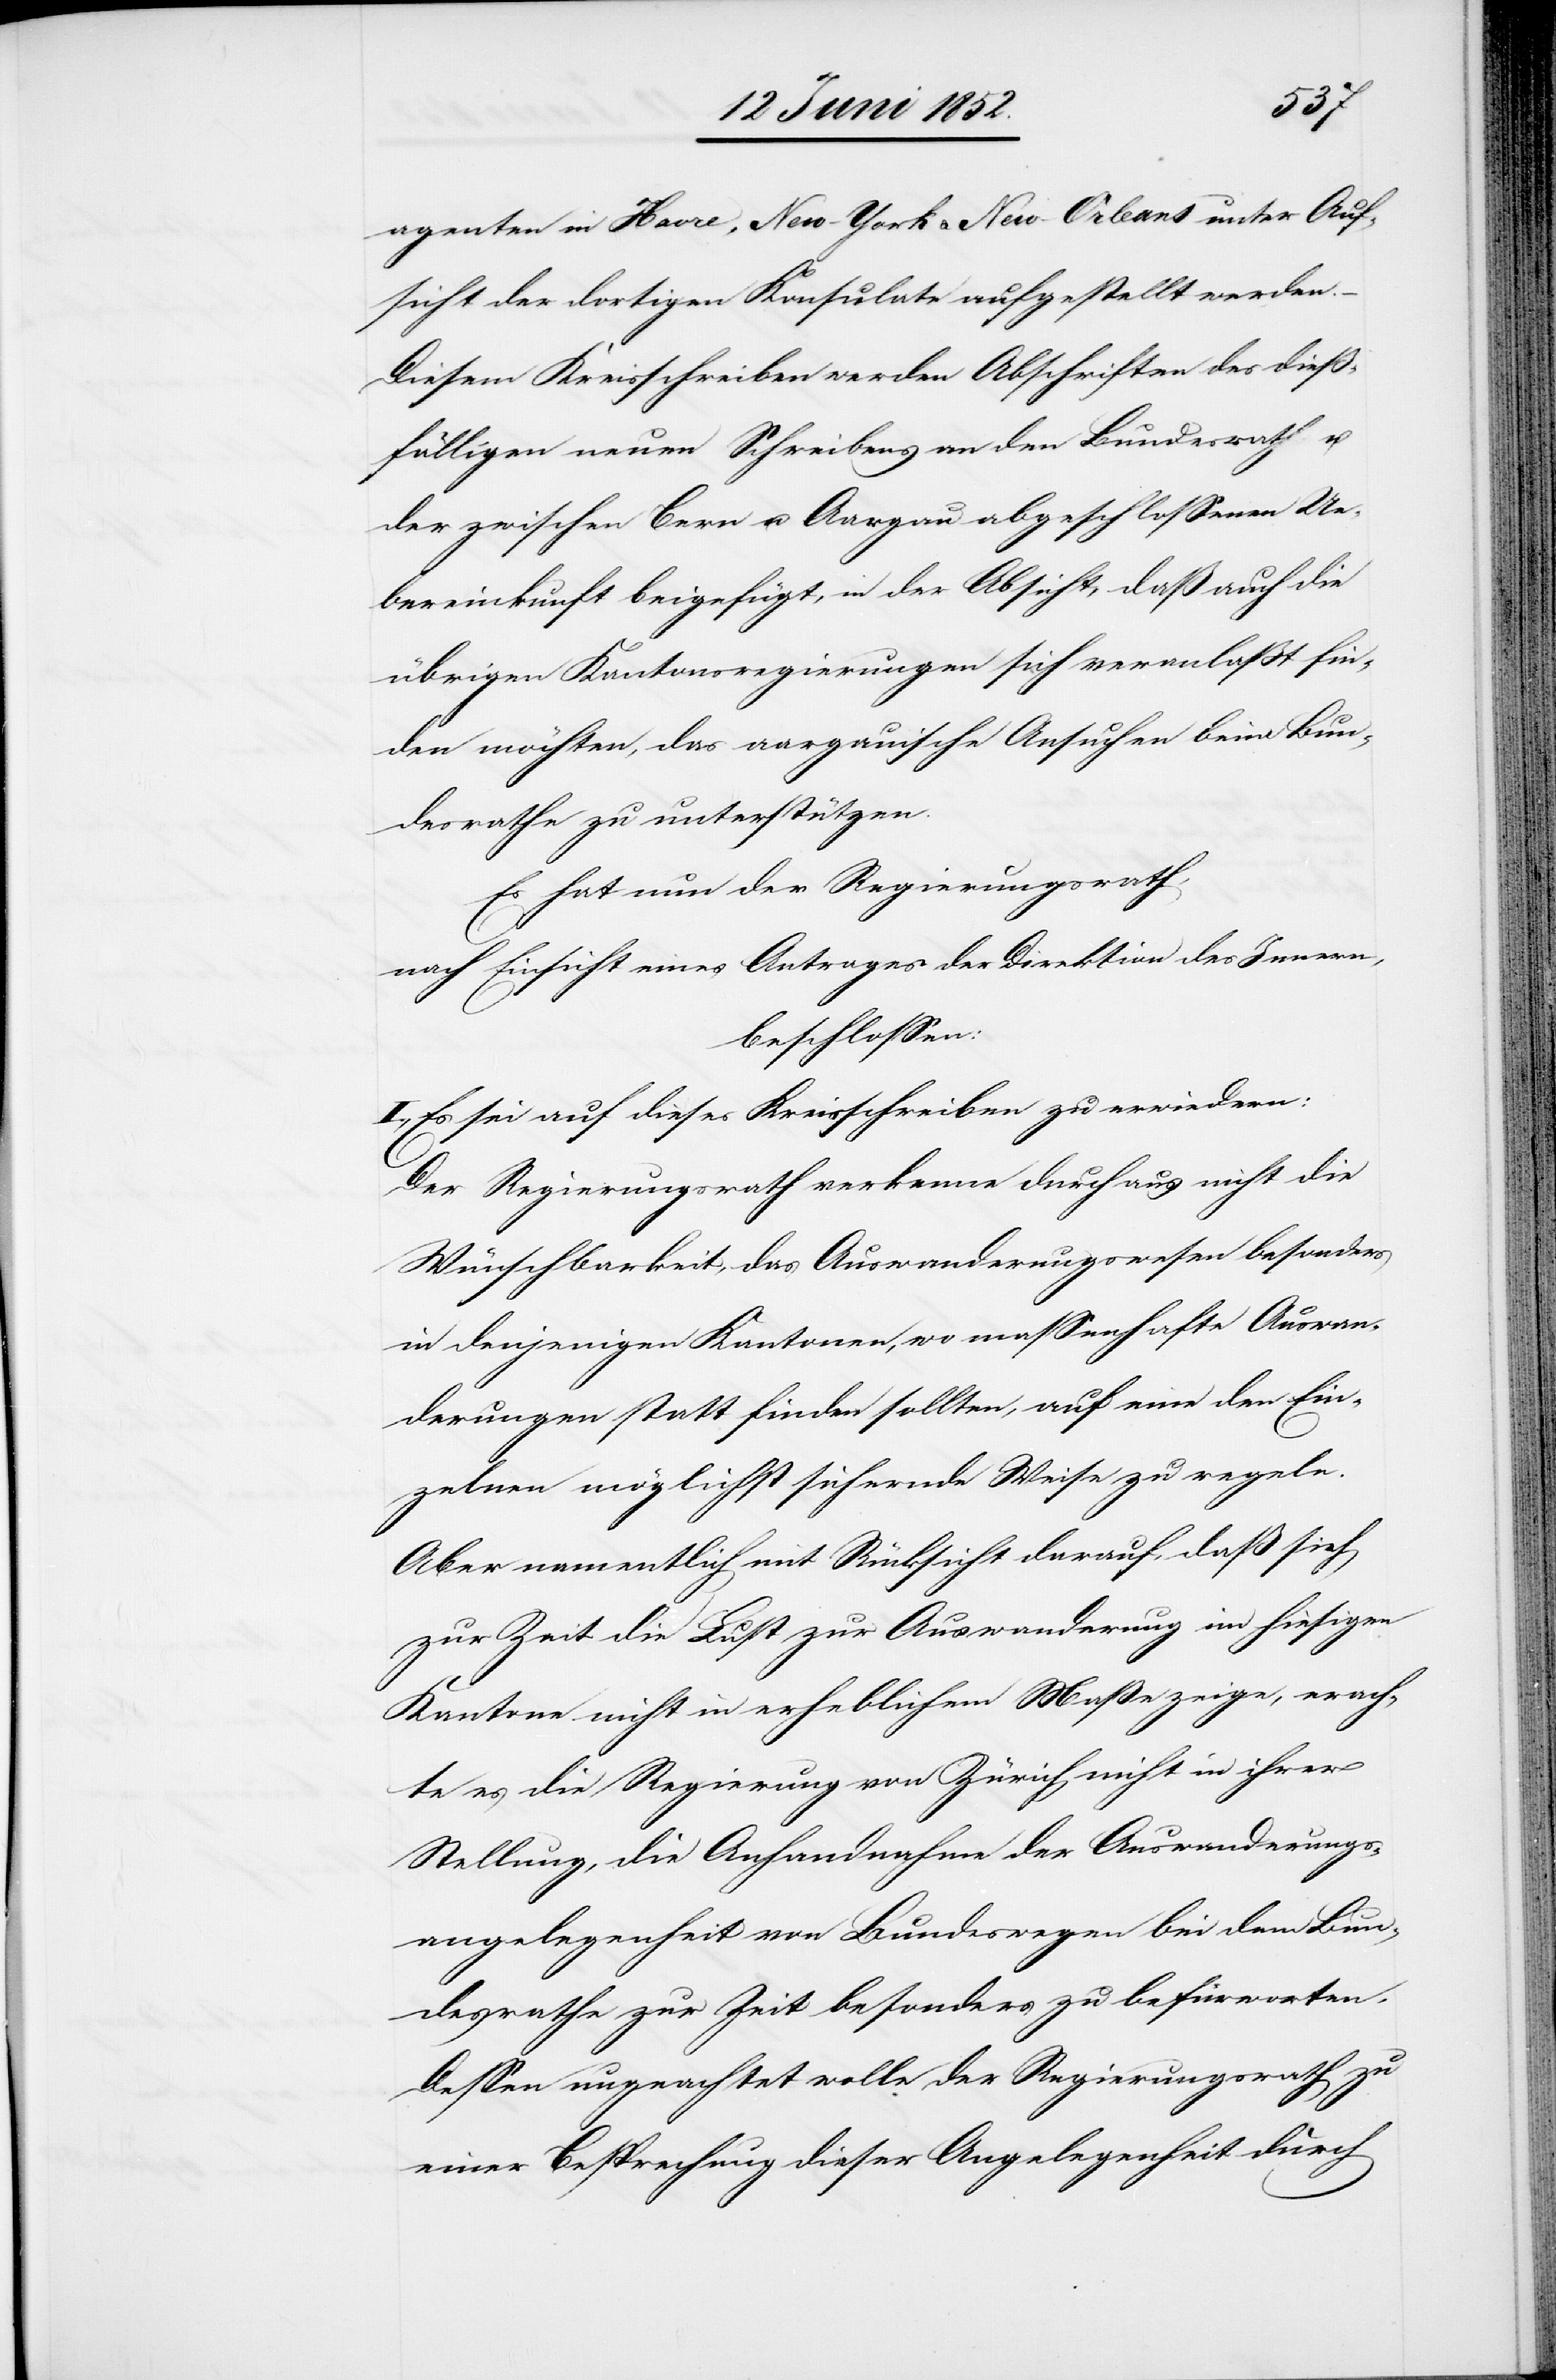
agenten in Havre, New-York & New-Orleans unter Auf¬
sicht der dortigen Konsulate aufgestellt werden.
Diesem Kreisschreiben werden Abschriften des dieß¬
fälligen neuen Schreibens an den Bundesrath u.
der zwischen Bern u. Aargau abgeschlossenen Ue¬
bereinkunft beigefügt, in der Absicht, daß auch die
übrigen Kantonsregierungen sich veranlasst fin¬
den möchten, das aargauische Ansuchen beim Bun¬
desrathe zu unterstützen.
Es hat nun der Regierungsrath,
nach Einsicht eines Antrages der Direktion des Innern,
beschlossen:
I., Es sei auf dieses Kreisschreiben zu erwiedern:
Der Regierungsrath verkenne durchaus nicht die
Wünschbarkeit, das Auswanderungswesen besonders
in denjenigen Kantonen, wo massenhafte Auswan¬
derungen statt finden sollten, auf eine den Ein¬
zelnen möglichst sichernde Weise zu regeln.
Aber namentlich mit Rücksicht darauf, daß sich
zur Zeit die Lust zur Auswanderung im hiesigen
Kantone nicht in erheblichem Maße zeige, erach¬
te es die Regierung von Zürich nicht in ihrer
Stellung, die Anhandnahme der Auswanderungs¬
angelegenheit von Bundeswegen bei dem Bun¬
desrathe zur Zeit besonders zu befürworten.
Dessen ungeachtet wolle der Regierungsrath zu
einer Besprechung dieser Angelegenheit durch